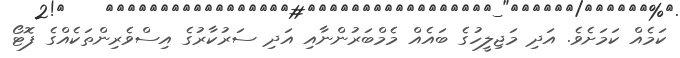
ކަމެއް ކަމަށެވެ. އަދި މަޖިލީހުގެ ބައެއް މެމްބަރުންނާއި އަދި ސަރުކާރުގެ އިސްވެރިންތަކެއްގެ ފޮޓޯ